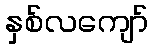
နှစ်လကျော်